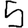
Digit: 5